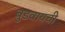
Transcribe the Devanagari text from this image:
बुडवायची